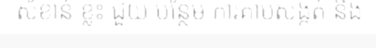
សំខាន់ ខ្លះ ជួយ បន្ថែម ការគាបសង្កត់ និង